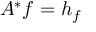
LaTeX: A ^ { * } f = h _ { f }